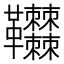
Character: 𩎎